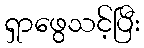
ရှာဖွေသင့်ပြီး